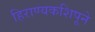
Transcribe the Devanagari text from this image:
हिराण्यकशिपूने